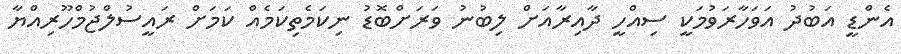
އެންޑީ އަބުދު އަވަހާރަވުމަކީ ސިއްހީ ދާއިރާއަށް ލިބުނު ވަރަށްބޮޑު ނިކަމެތިކަމެއް ކަމަށް ރައީސުލްޖުމްހޫރިއްޔާ